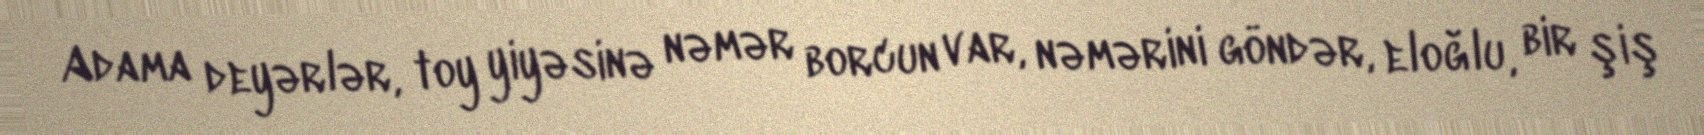
Adama deyərlər, toy yiyəsinə nəmər borcun var, nəmərini göndər, eloğlu, bir şiş